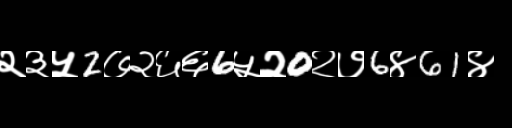
Text: २३५2७२६६6५२0२७6४61४